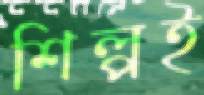
শিল্পই